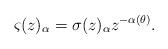
LaTeX: \begin{align*}\varsigma(z)_\alpha=\sigma(z)_\alpha z^{-\alpha(\theta)}.\end{align*}